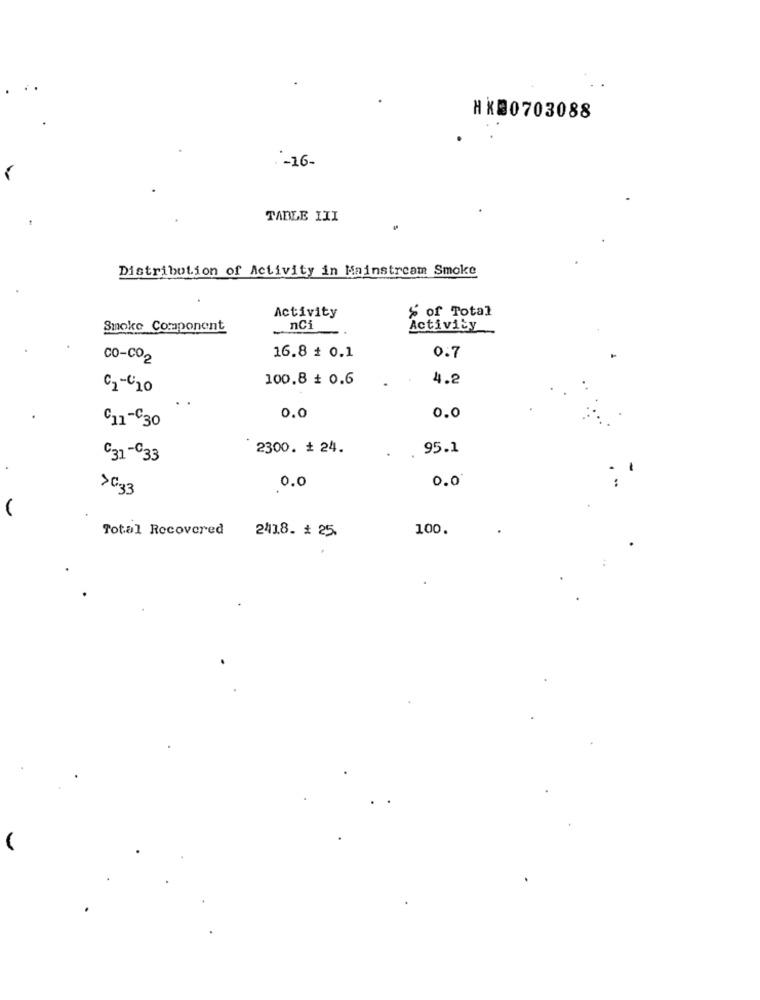
HK20703088
-16-
TABLE III
Distribution of Activity in Mainstream Smoke
" of Total
Activity
Smoke Component
nci
Activity
Co-CO2
16.8 + 0.1
0.7
100.8 # 0.6
4.2
C2-C20
0.0
0.0
C11-930
2300. + 24.
95.1
C31-ª33
0.0
>C33
0.0
Total Recovered
241.8. # 25.
100.